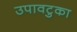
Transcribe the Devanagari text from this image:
उपावटुका